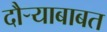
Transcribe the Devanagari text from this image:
दौर्‍याबाबत